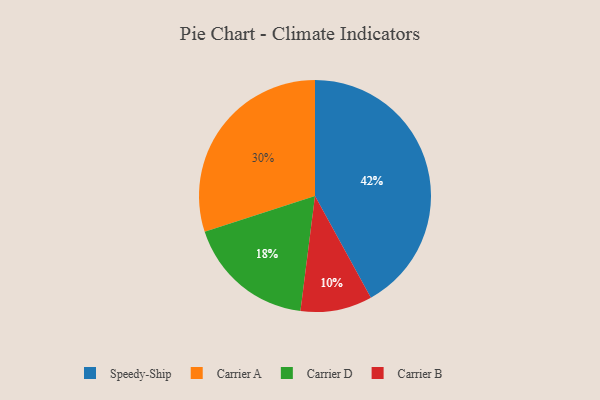
{"axis": {"x": "Category", "y": "Percentage"}, "legend": ["Carrier A", "Carrier B", "Carrier D", "Speedy-Ship"], "data": [{"x": "Carrier D", "y": 18, "type": "Carrier D"}, {"x": "Speedy-Ship", "y": 42, "type": "Speedy-Ship"}, {"x": "Carrier A", "y": 30, "type": "Carrier A"}, {"x": "Carrier B", "y": 10, "type": "Carrier B"}]}